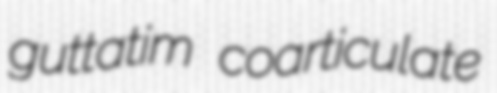
guttatim coarticulate